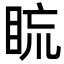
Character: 䀮